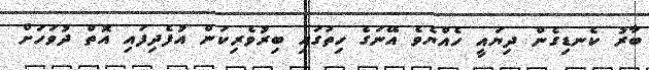
ބާރު ކެނޑިގެން ދިޔައީ ހެއްޔެވެ އޭނަގެ ހިތުގައި ބިރުވެރިކަން އުފެދިފައި އޮތް ދުވަހަށް